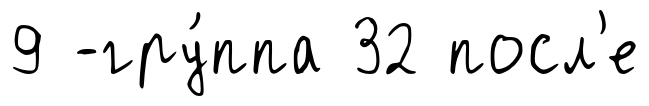
9 -гру́ппа 32 посл'е